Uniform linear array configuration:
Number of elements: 16
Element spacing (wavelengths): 0.25
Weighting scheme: exponential
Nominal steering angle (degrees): -15
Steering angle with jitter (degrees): -15.682
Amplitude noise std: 0.05
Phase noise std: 0.05

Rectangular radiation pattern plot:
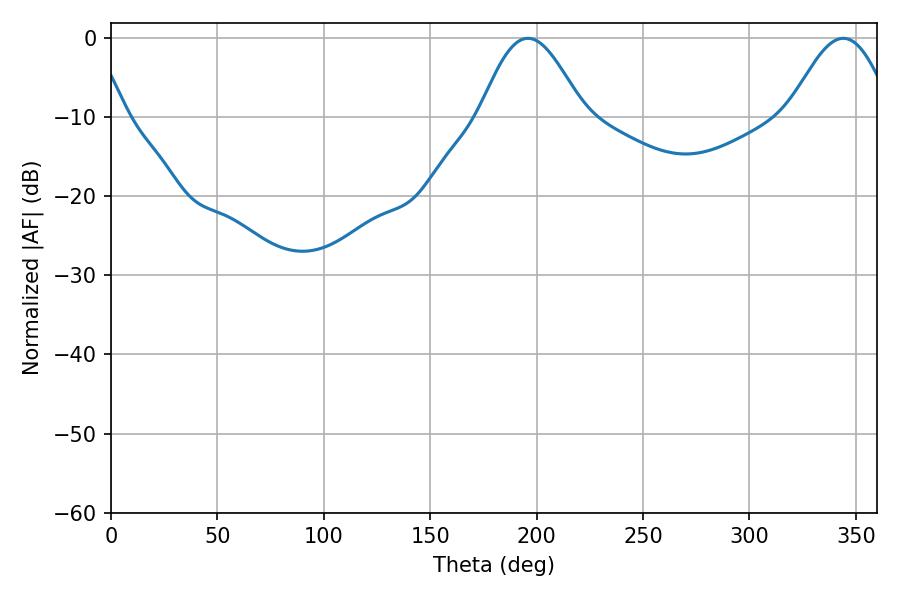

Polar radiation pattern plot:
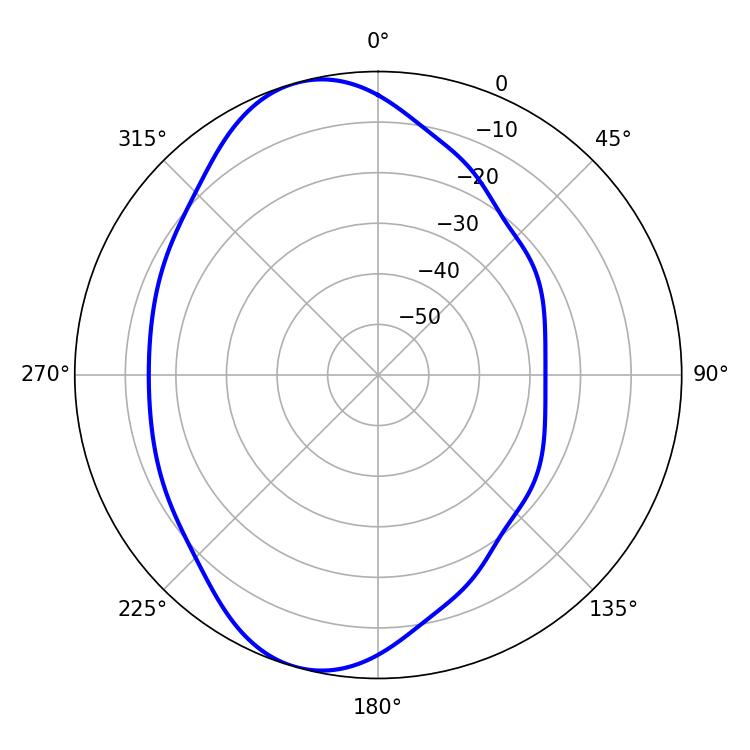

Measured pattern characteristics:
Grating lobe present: FALSE
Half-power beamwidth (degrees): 26.1
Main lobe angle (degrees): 195.84